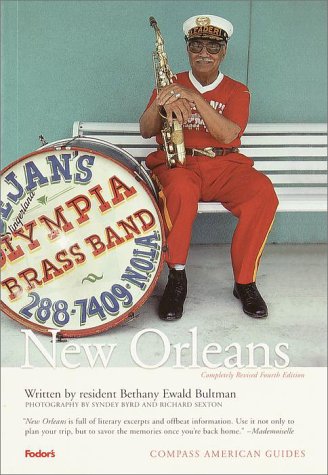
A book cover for Compass American Guides: New Orleans, 4th Edition; Bethany E. Bultman; Travel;